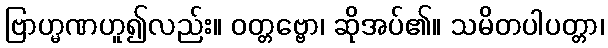
ဗြာဟ္မဏဟူ၍လည်း။ ဝတ္တဗ္ဗော၊ ဆိုအပ်၏။ သမိတပါပတ္တာ၊